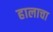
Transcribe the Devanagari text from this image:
हालाचा